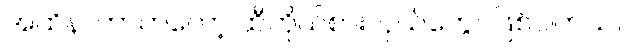
အထိနာတာကတော့ ထီကိုယ်စားလှယ်တွေပဲဖြစ်ပါတယ်။